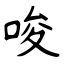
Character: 唆